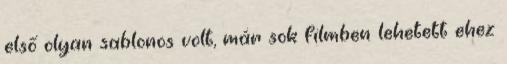
első olyan sablonos volt, már sok filmben lehetett ehez